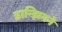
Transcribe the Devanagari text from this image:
डान्झिगने